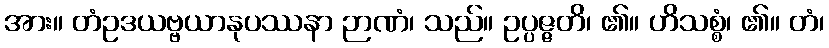
အား။ တံဥဒယဗ္ဗယာနုပဿနာ ဉာဏံ၊ သည်။ ဥပ္ပဇ္ဇတိ၊ ၏။ ဟိသစ္စံ၊ ၏။ တံ၊